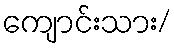
ကျောင်းသား/